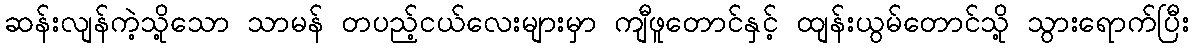
ဆန်းလျန်ကဲ့သို့သော သာမန် တပည့်ငယ်လေးများမှာ ကျီဖူတောင်နှင့် ထျန်းယွမ်တောင်သို့ သွားရောက်ပြီး